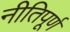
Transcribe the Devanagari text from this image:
नीतिपूर्ण